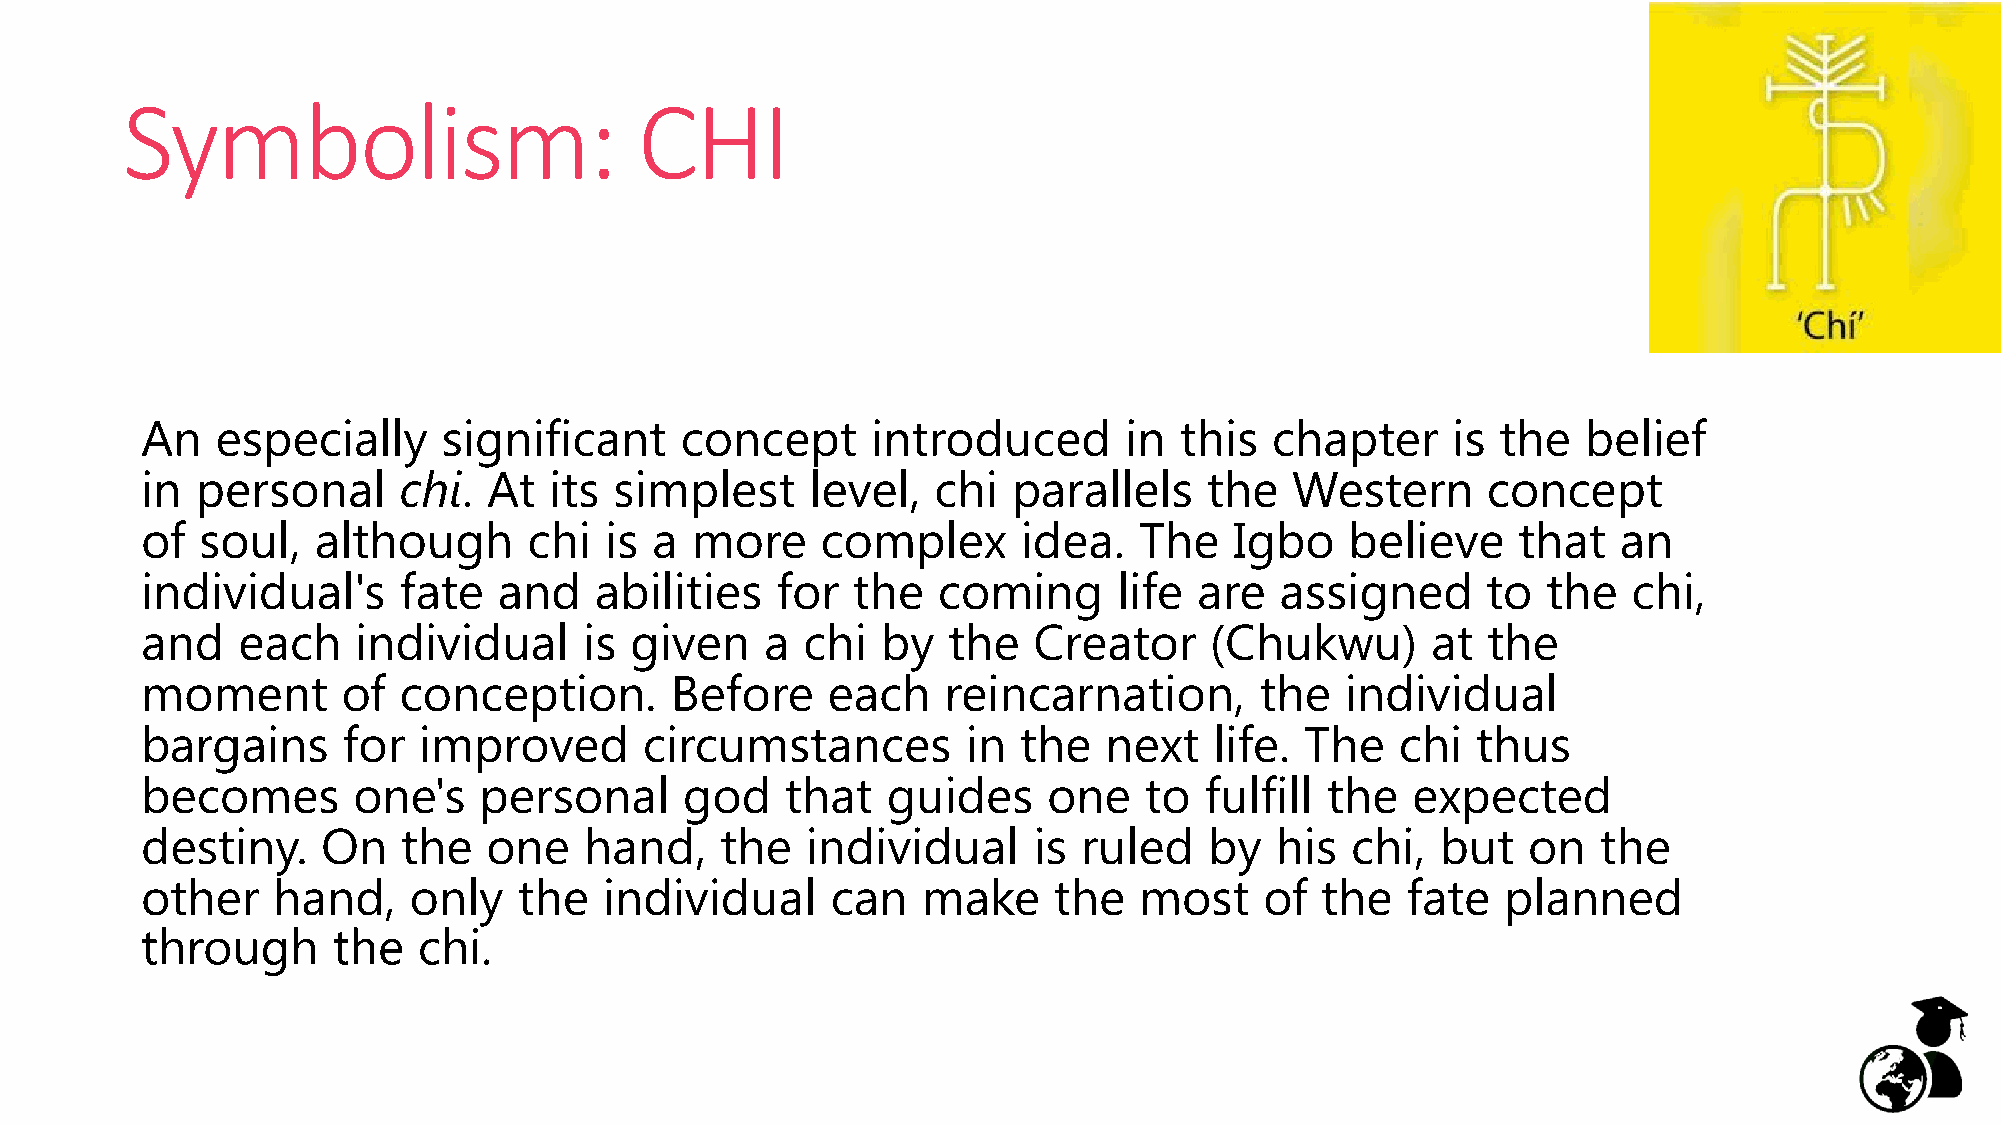
Symbolism:                        CHI
 An   especially     significant     concept      introduced      in  this  chapter     is the   belief
 in  personal     chi.  At  its  simplest     level,  chi  parallels    the  Western      concept
 of  soul,   although      chi  is a  more    complex       idea.  The    Igbo   believe    that   an
 individual's     fate   and   abilities   for  the   coming      life are   assigned     to  the   chi,
 and    each   individual      is given    a chi  by   the  Creator     (Chukwu)       at the
 moment        of conception.       Before     each   reincarnation,       the   individual
 bargains      for  improved       circumstances        in the   next   life. The    chi  thus
 becomes       one's    personal     god    that   guides    one    to  fulfill the  expected
 destiny.    On    the  one    hand,    the  individual     is  ruled   by  his  chi,  but   on   the
 other    hand,    only   the   individual     can   make     the  most     of the   fate   planned
 through      the   chi.